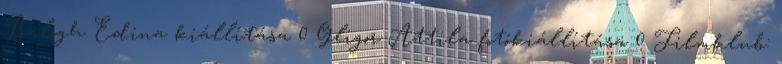
Balogh Edina kiállítása 0 Gligor Attila fotókiállítása 0 Filmklub: